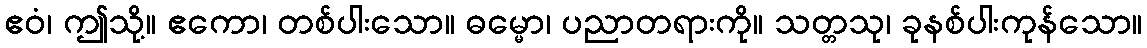
ဧဝံ၊ ဤသို့။ ဧကော၊ တစ်ပါးသော။ ဓမ္မော၊ ပညာတရားကို။ သတ္တသု၊ ခုနစ်ပါးကုန်သော။